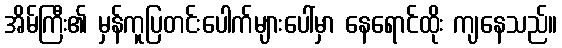
အိမ်ကြီး၏ မှန်ကူပြတင်းပေါက်များပေါ်မှာ နေရောင်ထိုး ကျနေသည်။